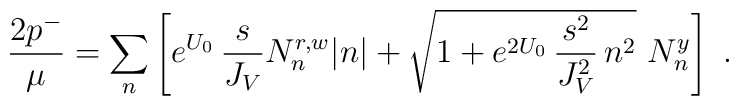
{2p^{-}\over\mu}=\sum_n\left[e^{U_0}\,{s\over J_V}N_n^{r,w}|n|+\sqrt{1+e^{2U_0}\,{s^2\over J_V^2}\,n^2}\,\,N_n^{y}\right] \ .